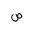
Letter: _sad